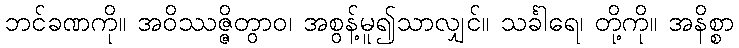
ဘင်ခဏကို။ အဝိဿဇ္ဇိတွာဝ၊ အစွန့်မူ၍သာလျှင်။ သင်္ခါရေ၊ တို့ကို။ အနိစ္စာ